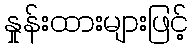
နှုန်းထားများဖြင့်